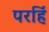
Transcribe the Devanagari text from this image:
परहिं